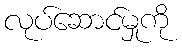
လုပ်ဆောင်မှုကို